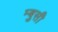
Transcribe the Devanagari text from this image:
म्बुसी